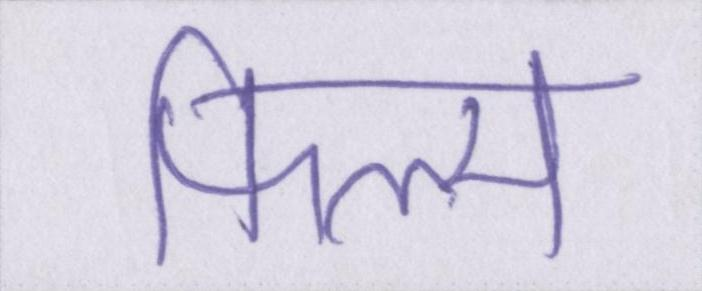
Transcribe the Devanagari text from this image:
फिल्म